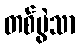
တစ်ပွဲသာ